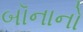
બૉનાનો